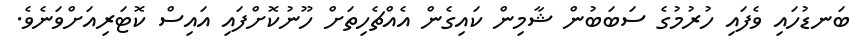
ބަނޑުހައި ވެފައި ހުރުމުގެ ސަބަބުން ޝާމިން ކައިގެން އެއްޗެހިތަށް ހޫނުކޮށްފައި އައިސް ކޮޓަރިއަށްވަނެވެ.